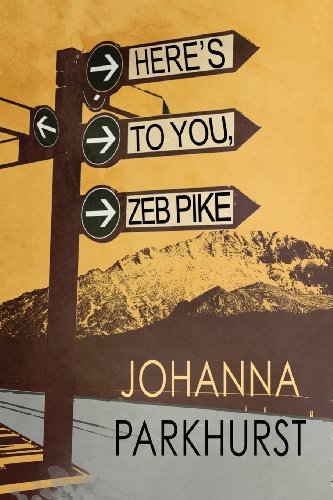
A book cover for Here's to You, Zeb Pike; Johanna Parkhurst; Teen & Young Adult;